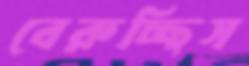
বেরুচ্ছিস